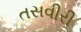
તસવીરી